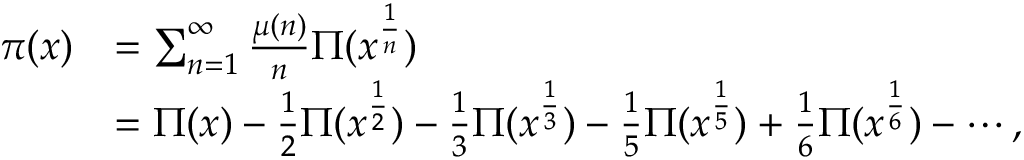
{ \begin{array} { r l } { \pi ( x ) } & { = \sum _ { n = 1 } ^ { \infty } { \frac { \mu ( n ) } { n } } \Pi ( x ^ { \frac { 1 } { n } } ) } \\ & { = \Pi ( x ) - { \frac { 1 } { 2 } } \Pi ( x ^ { \frac { 1 } { 2 } } ) - { \frac { 1 } { 3 } } \Pi ( x ^ { \frac { 1 } { 3 } } ) - { \frac { 1 } { 5 } } \Pi ( x ^ { \frac { 1 } { 5 } } ) + { \frac { 1 } { 6 } } \Pi ( x ^ { \frac { 1 } { 6 } } ) - \cdots , } \end{array} }